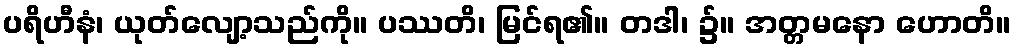
ပရိဟီနံ၊ ယုတ်လျော့သည်ကို။ ပဿတိ၊ မြင်ရ၏။ တဒါ၊ ၌။ အတ္တမနော ဟောတိ။